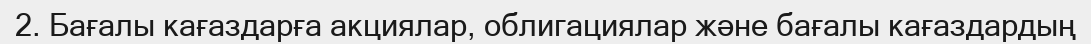
2. Бағалы кағаздарға акциялар, облигациялар және бағалы кағаздардың